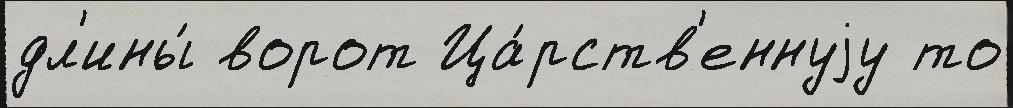
дл'ины́ ворот Ца́рств'еннуjу то